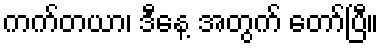
ကက်တယာ၊ ဒီနေ့ အတွက် တော်ပြီ။